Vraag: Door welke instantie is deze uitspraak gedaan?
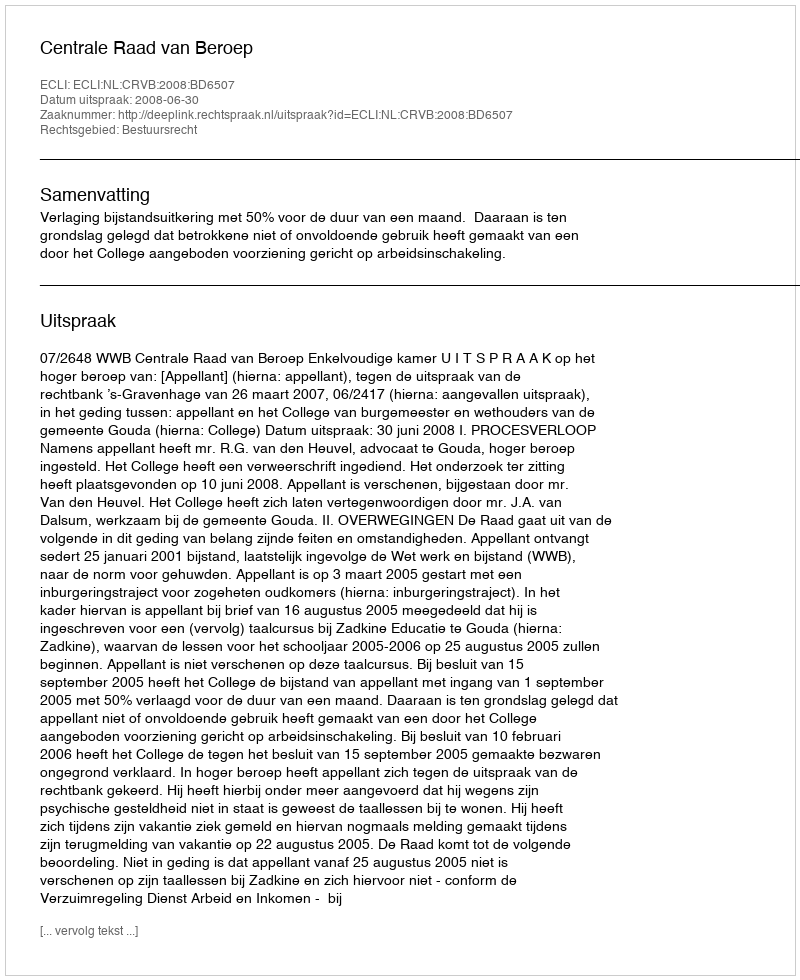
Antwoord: Centrale Raad van Beroep